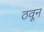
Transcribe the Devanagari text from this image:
ठवून